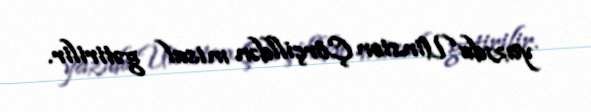
yazıda Uinston Çörçilldən misal gətirilir.